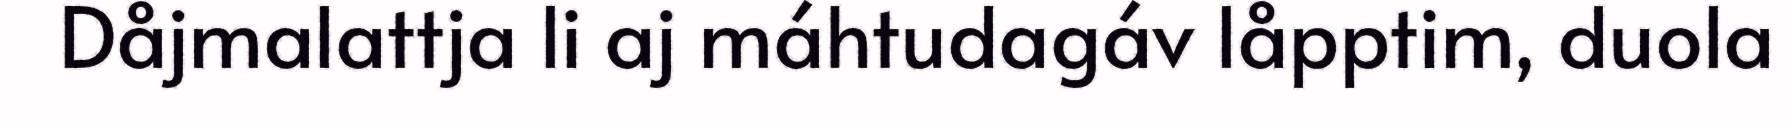
Dåjmalattja li aj máhtudagáv låpptim, duola